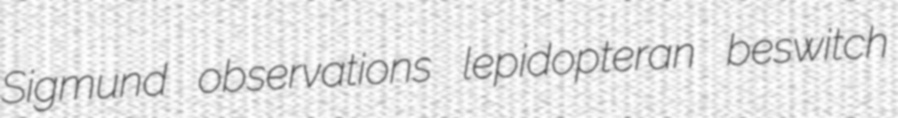
Sigmund observations lepidopteran beswitch